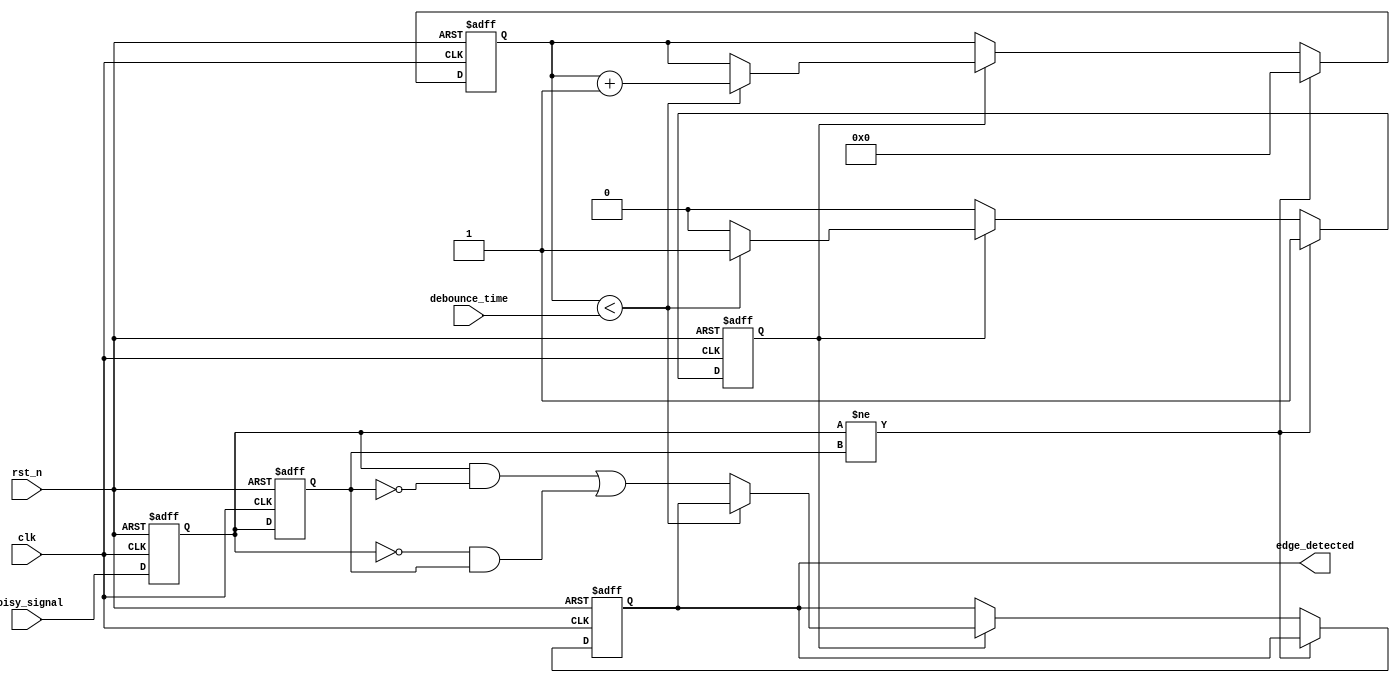
module debounced_edge_detector (
    input wire clk,                // Clock signal
    input wire rst_n,              // Active low reset
    input wire noisy_signal,        // Noisy input signal
    input wire [15:0] debounce_time, // Configurable debounce time in clock cycles
    output reg edge_detected        // Output signal indicating a valid edge
);

    // State registers
    reg current_state;              // Current state of the input signal
    reg previous_state;             // Previous state of the input signal
    reg [15:0] debounce_counter;    // Counter for debounce timing
    reg debounce_active;            // Flag to indicate if debounce is active

    // Edge detection logic
    always @(posedge clk or negedge rst_n) begin
        if (!rst_n) begin
            current_state <= 1'b0;
            previous_state <= 1'b0;
            debounce_counter <= 16'b0;
            debounce_active <= 1'b0;
            edge_detected <= 1'b0;
        end else begin
            // Update current state
            current_state <= noisy_signal;

            // Check for state change
            if (current_state != previous_state) begin
                // Reset debounce counter if state changes
                debounce_counter <= 16'b0;
                debounce_active <= 1'b1;
            end else if (debounce_active) begin
                // Increment debounce counter
                if (debounce_counter < debounce_time) begin
                    debounce_counter <= debounce_counter + 1'b1;
                end else begin
                    // Debounce period has expired
                    debounce_active <= 1'b0;
                    edge_detected <= (current_state && !previous_state) || (!current_state && previous_state);
                end
            end

            // Update previous state
            previous_state <= current_state;
        end
    end

endmodule